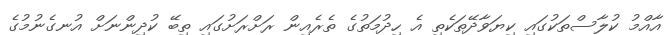
އާއްމު ކުލާސްތަކުގައި ކިޔަވާދޭތަކެތި އެ ހިދުމަތުގެ ތެރެއިން ރަށްރަށުގައި ތިބޭ ކުދިންނަށް އުނގެނުމުގެ